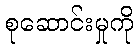
စုဆောင်းမှုကို